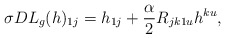
\begin{align*}\sigma DL_g(h)_{1j}=h_{1j} + \frac{\alpha}{2}R_{jk1u}h^{ku},\end{align*}